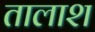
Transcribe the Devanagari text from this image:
तालाश